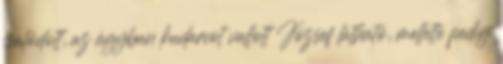
csalódott, az ágyban kudarcot vallott József látható, mellette pedig